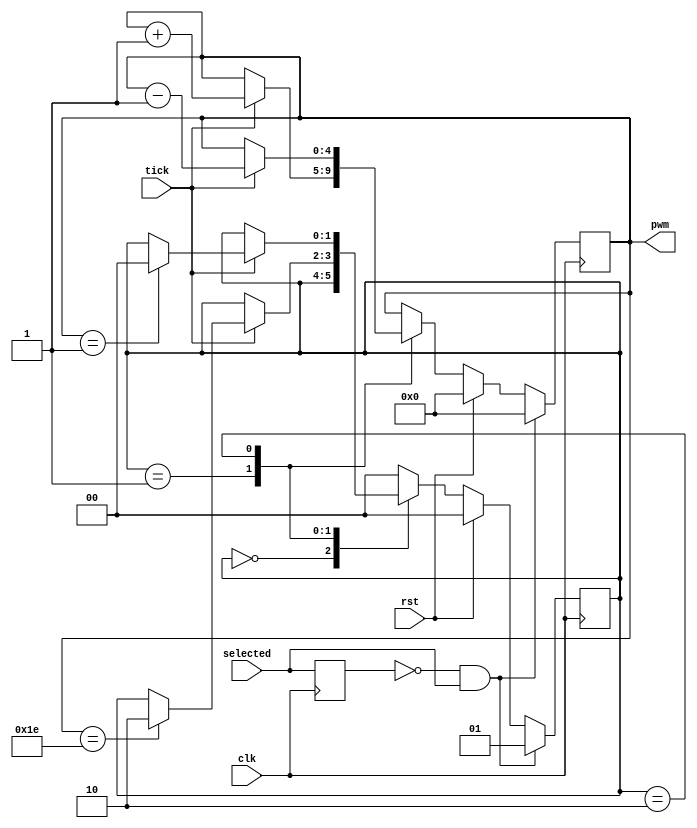
module pwm_sm(
    input        clk,
    input        rst,
    input        tick,
    input        selected,
    output [4:0] pwm
  );

  reg [1:0] state;
  localparam IDLE = 0;
  localparam UP = 1;
  localparam DOWN = 2;

  reg prev_selected;

  reg [4:0] pwm_val_reg;
  assign pwm = pwm_val_reg;

  always @(posedge clk) begin
    prev_selected <= selected;
    if (rst) begin
      pwm_val_reg <= 5'b0;
      state <= IDLE;
    end else begin
      case (state)
        IDLE: begin
          //IDLE is default state
        end
        UP: begin
          if (tick) begin
            pwm_val_reg <= pwm_val_reg + 5'b1;
            if (pwm_val_reg == 5'b11110)
              state <= DOWN;
          end
        end
        DOWN: begin
          if (tick) begin
            pwm_val_reg <= pwm_val_reg - 5'b1;
            if (pwm_val_reg == 5'b1)
              state <= IDLE;
          end
        end
        default: begin
          state <= IDLE;
        end
      endcase
    end
    if (prev_selected == 1'b0 && selected == 1'b1) begin
      state <= UP;
      pwm_val_reg <= 5'b0;
    end
  end

endmodule